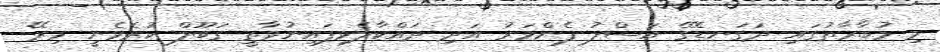
މި މުބާރާތުގައި ދަގަނޑޭގެ އަސްލު ފެންވަރު އަދި ދައްކާލެވިފައިނުވާތީ ގަބޫލް ކުރެވެނީ މިރޭ